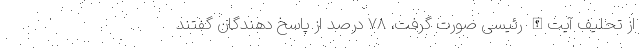
از تحلیف آیت‌الله رئیسی صورت گرفت، ۷۸ درصد از پاسخ دهندگان گفتند